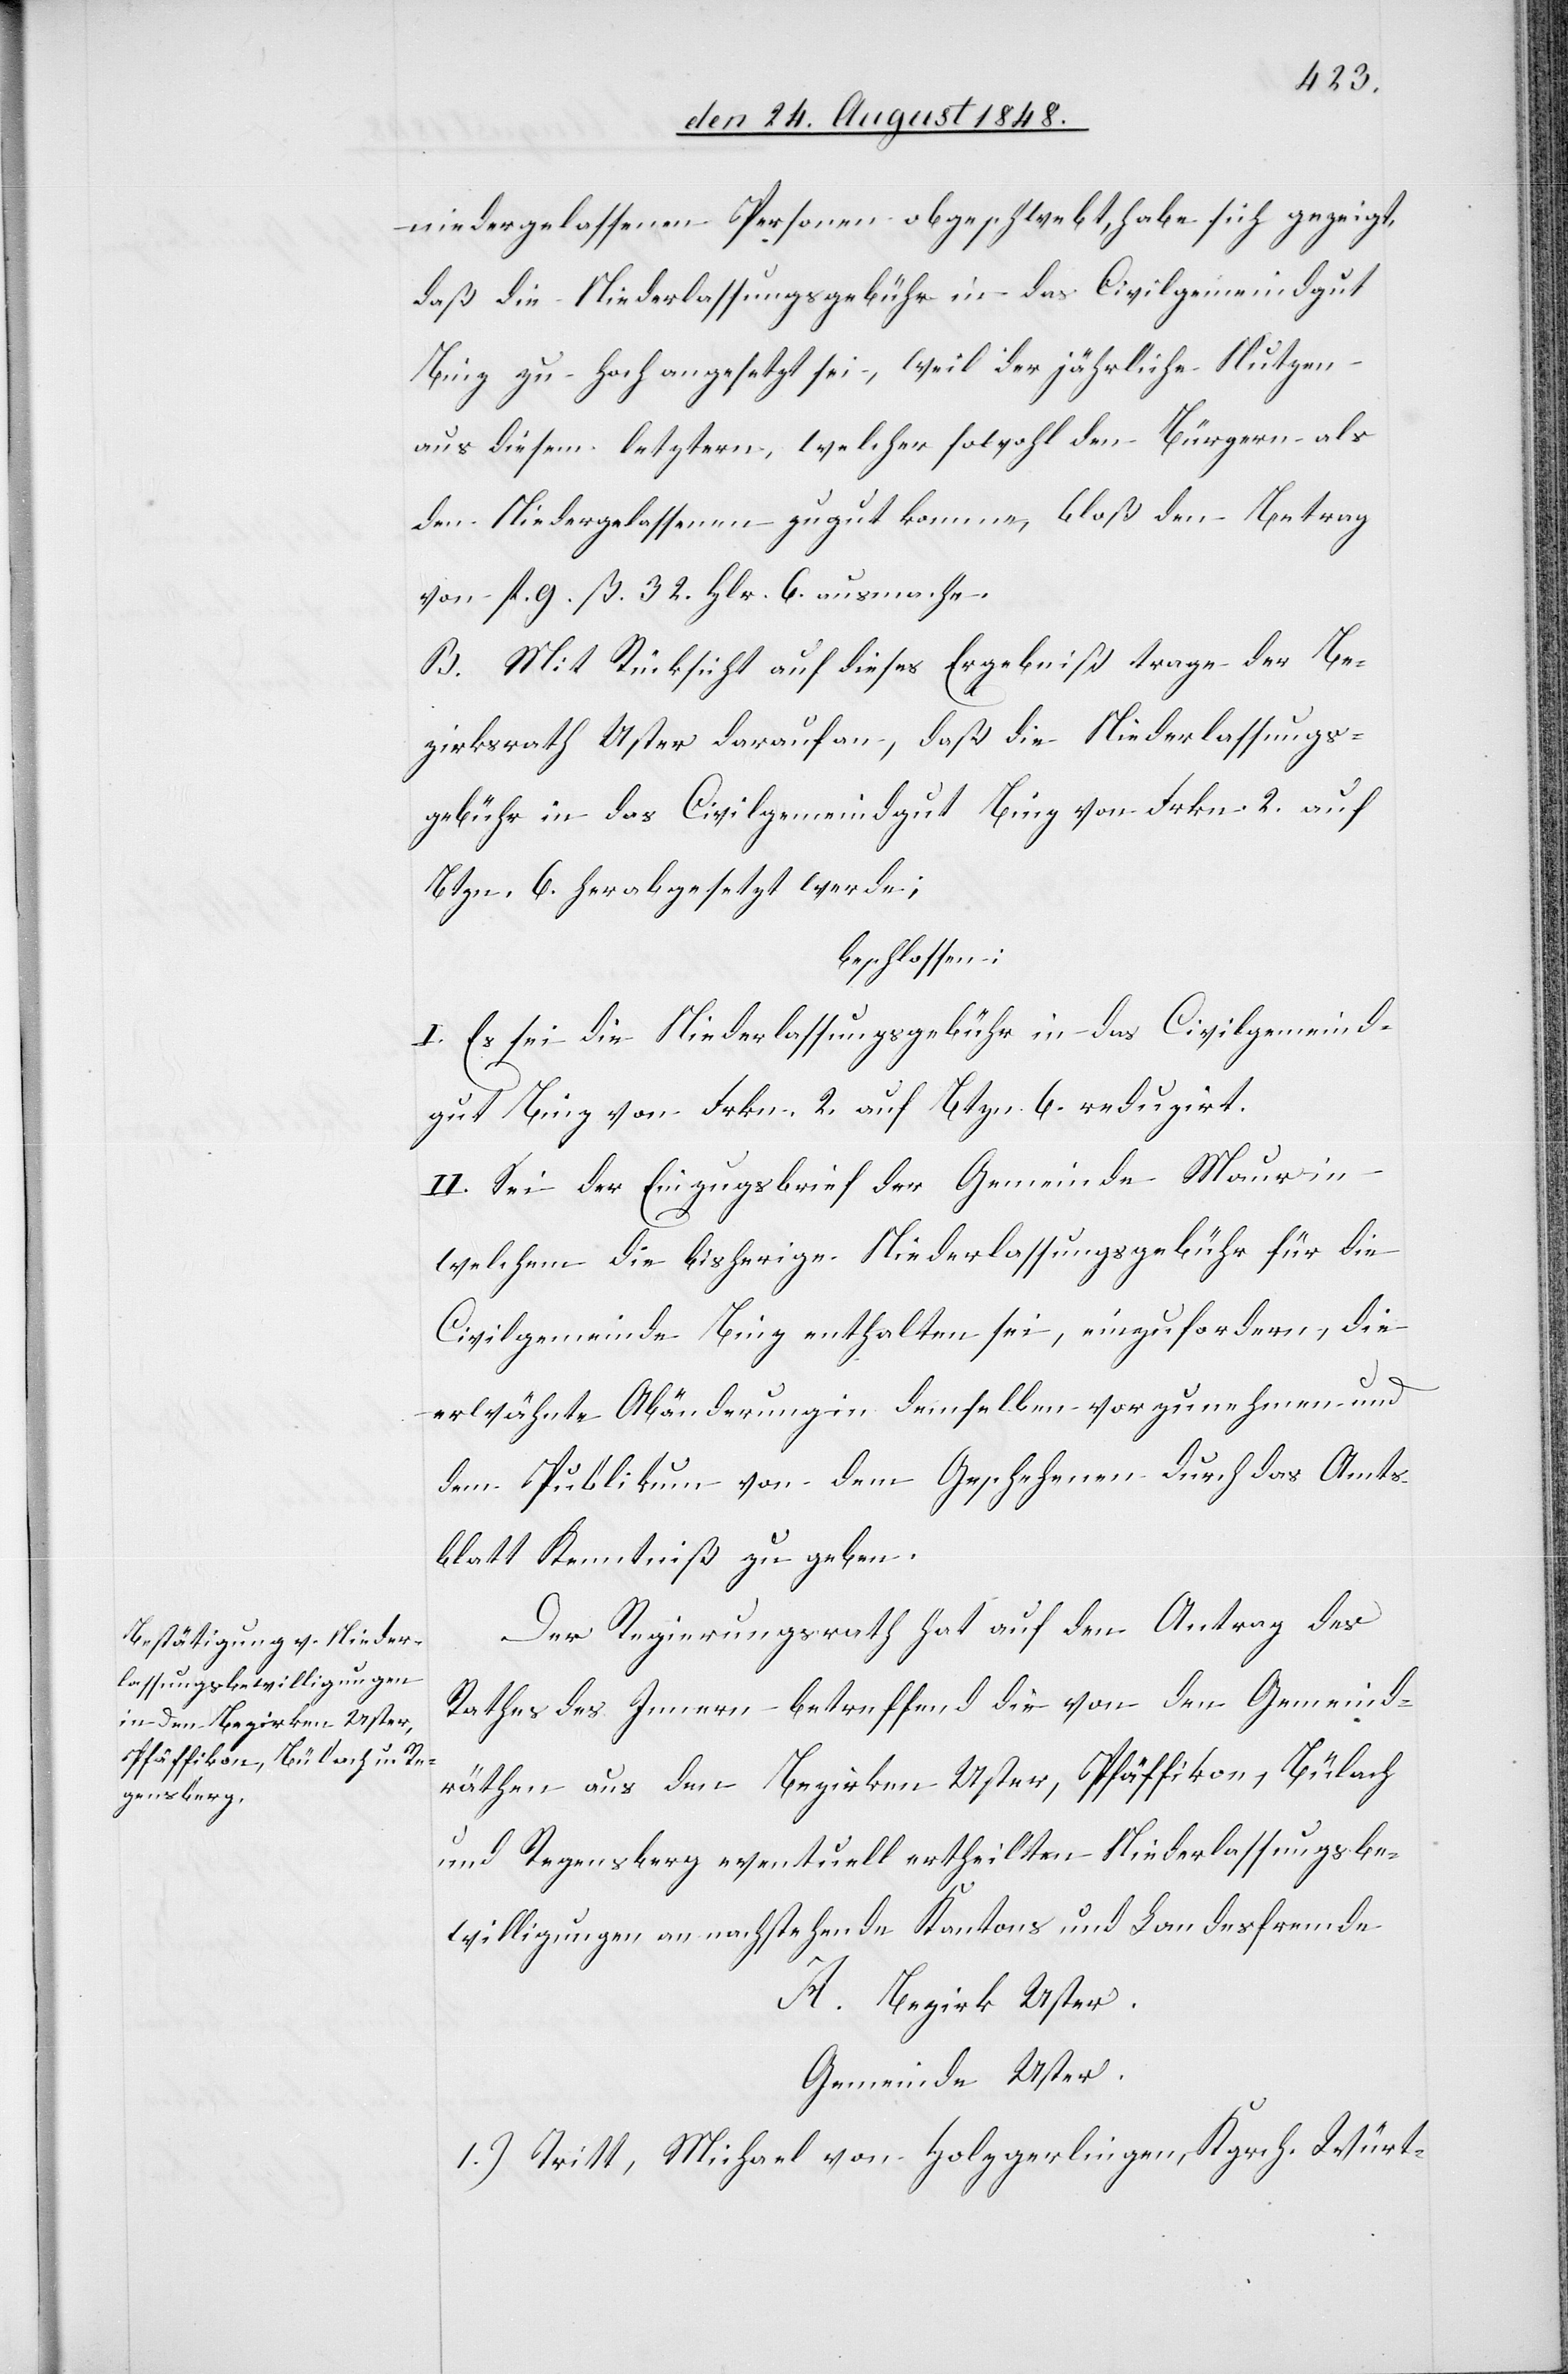
niedergelassenen Personen obgeschwebt, habe sich gezeigt,
daß die Niederlassungsgebühr in das Civilgemeindgut
Binz zu hoch angesetzt sei, weil der jährliche Nutzen
aus diesem letztern, welcher sowohl den Bürgern als
den Niedergelassenen zu gut komme, bloß den Betrag
von fl. 9. ß. 32. Hlr. 6. ausmache.
B. Mit Rücksicht auf dieses Ergebniß trage der Be¬
zirksrath Uster darauf an, daß die Niederlassungs¬
gebühr in das Civilgemeindgut Binz von Frkn. 2. auf
Btzn. 6. herabgesetzt werde;
beschlossen:
I. Es sei die Niederlassungsgebühr in das Civilgemeind¬
gut Binz von Frkn. 2. auf Btzn. 6. reduzirt.
II. Sei der Einzugsbrief der Gemeinde Maur in
welchem die bisherige Niederlassungsgebühr für die
Civilgemeinde Binz enthalten sei, einzufordern, die
erwähnten Abänderung in demselben vorzunehmen und
dem Publikum von dem Geschehenen durch das Amts¬
blatt Kenntniß zu geben.
Der Regierungsrath hat auf den Antrag des
Rathes des Innern betreffend die von den Gemeind¬
räthen aus den Bezirken Uster, Pfäffikon, Bülach
und Regensberg eventuell ertheilten Niederlassungsbe¬
willigungen an nachstehende Kantons und Landesfremde
A. Bezirk Uster.
Gemeinde Uster.
1.) Tritt, Michael von Holzgerlingen, Kgrch. Würt-